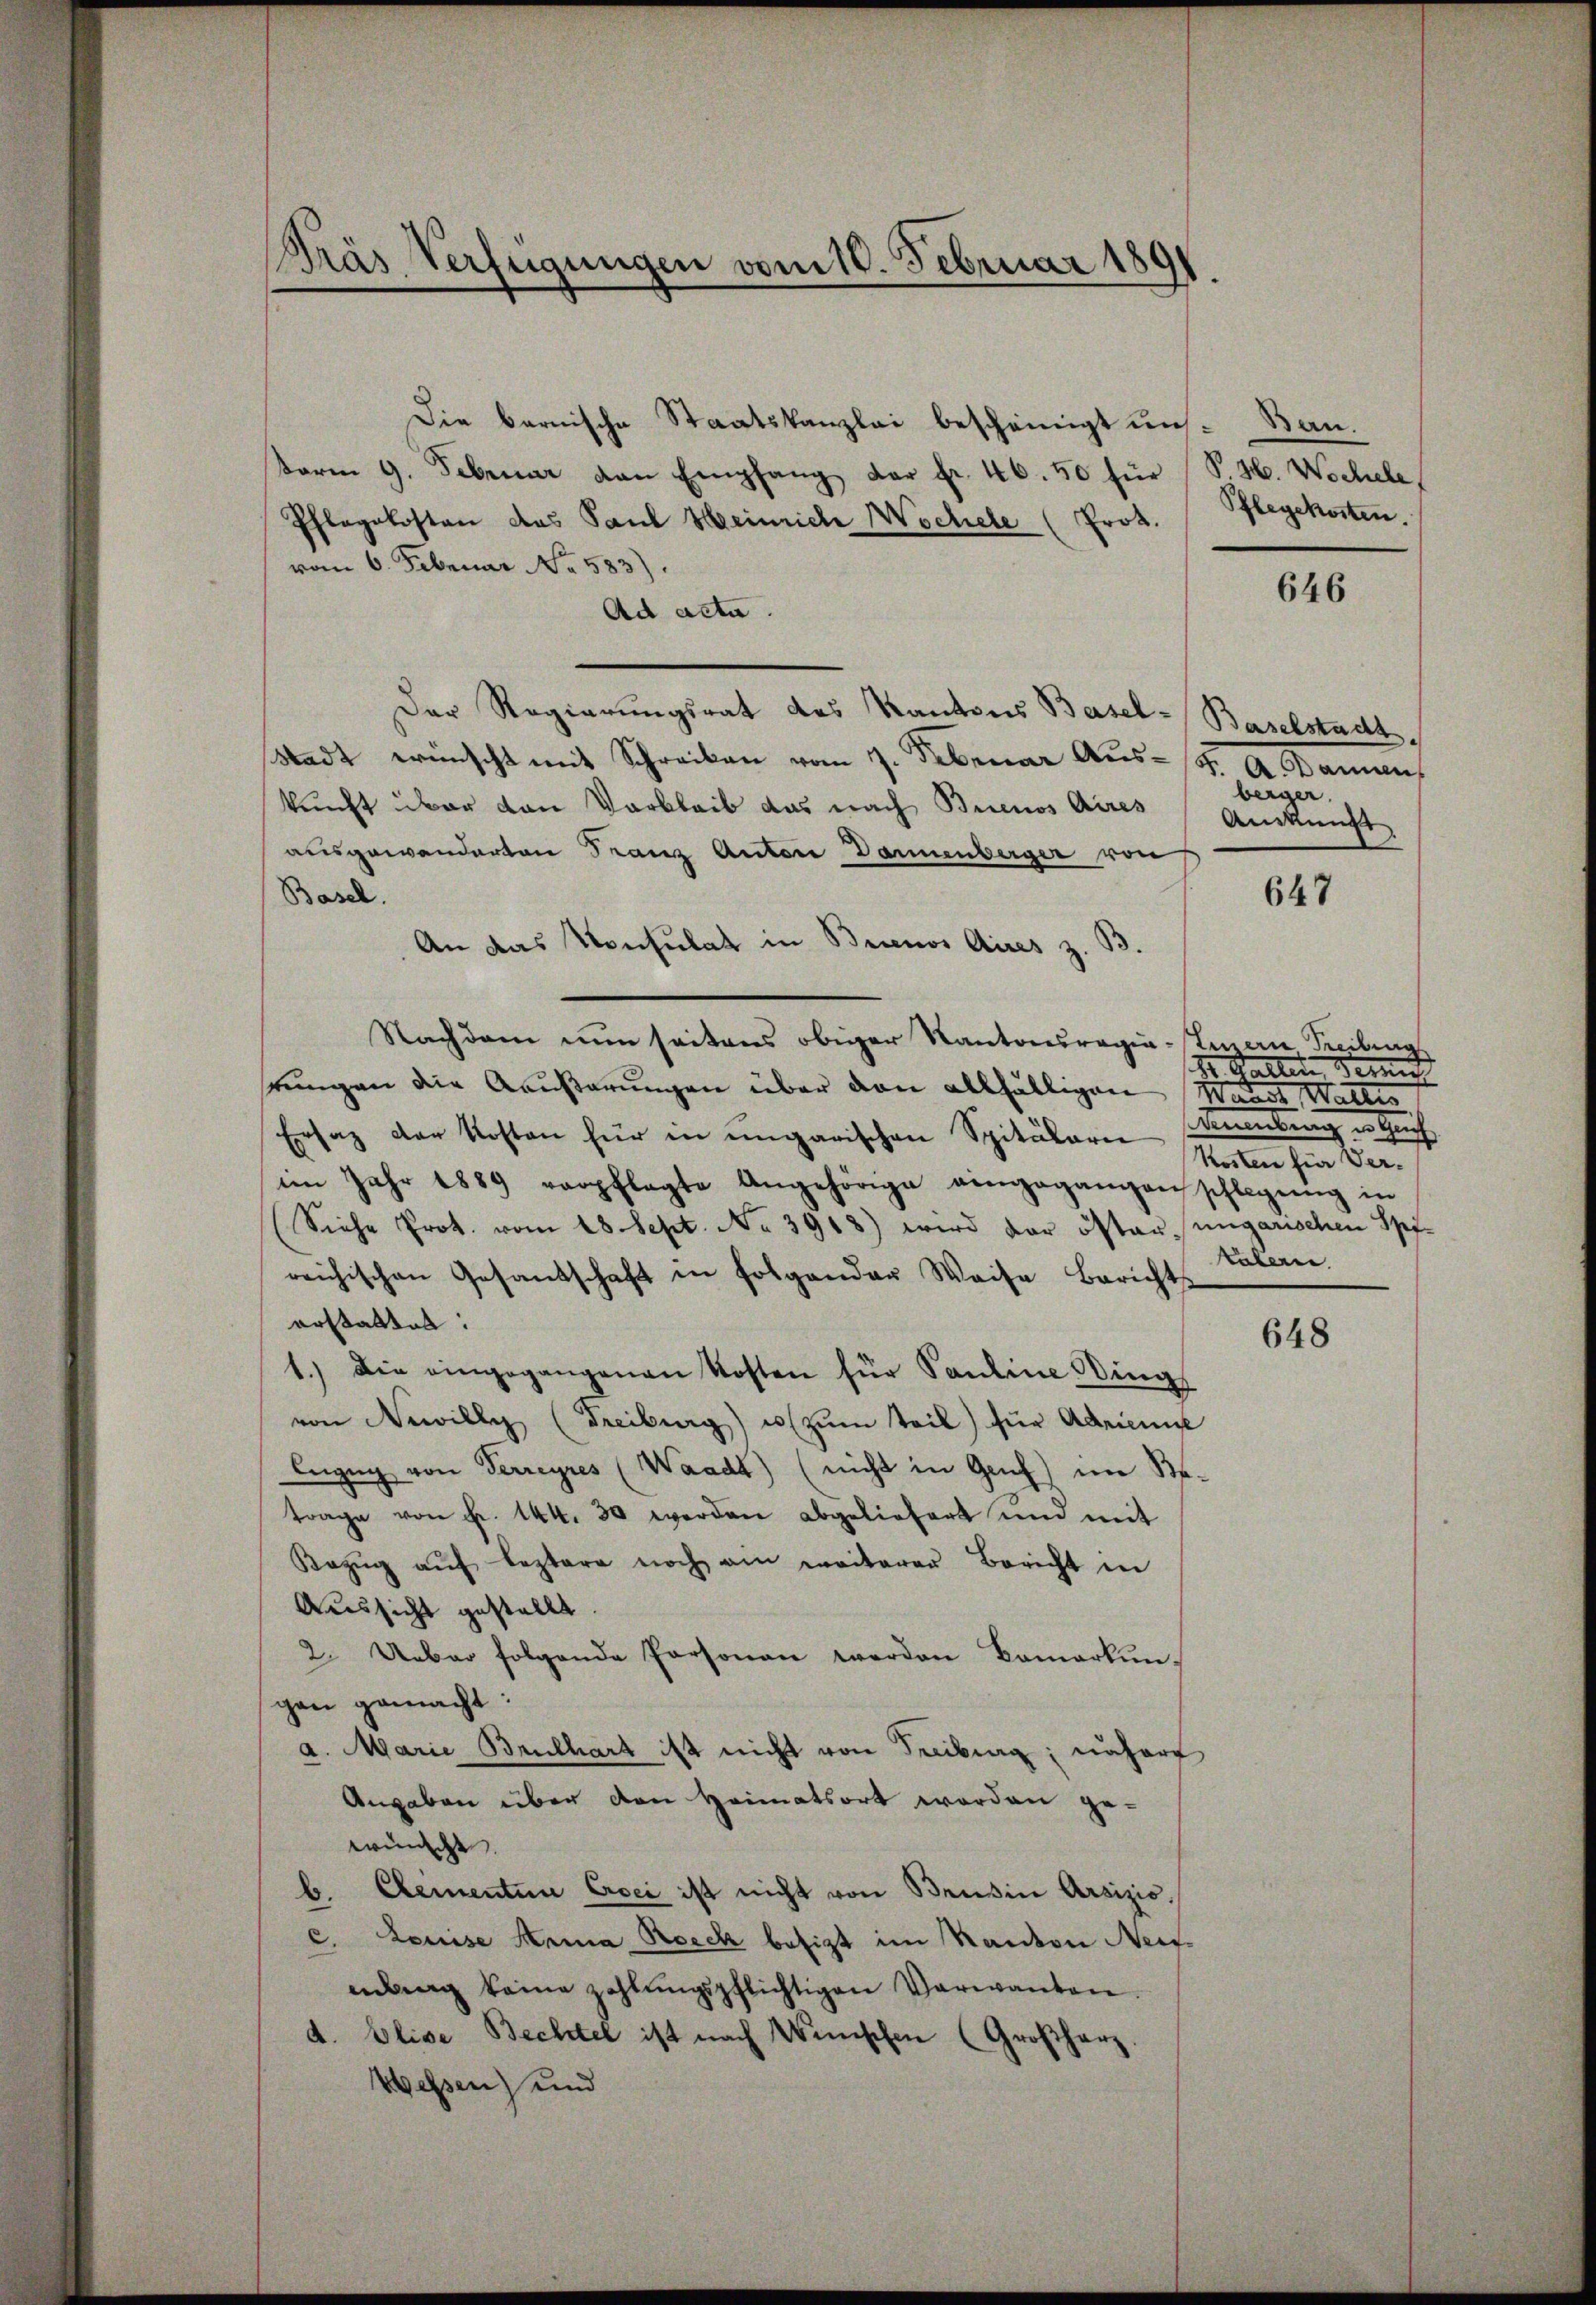
Krás Verfügungen vom 18. Februar 180

Die bernische Staatskanzlei bescheinigt uns. Bau¬
Form 9. Februar den Empfang der Fr. 46. 50 für
Pflegekosten das Paul Heinriche Wochele (Prot.
vom 6. Februar No. 583).
Ad acta.
Der Regierungsrat des Kantons Basel-Baselstadt,
Stadt wünscht mit Schreiben vom 7. Februar Aus- 4. A. Dann
kunft über den Varbleib das nach Buenos Aires Ankunft
ausgewanderten Franz Anton Dannenberger von
Basel.
An das Konsulat in Buenos Aires z. B.
Nachdem nun seitens obiger Kantonsregie-Einern Freibung
rungen die Aeußerungen über den allfälligen Waadt, Walter
Ersatz der Kosten für in ungarischen Spitalarie
im Jahr 1889 verpflegte Angehörige eingegangen schlegŭng in
(Siehe Prot. vom 18. Sept. No. 3918) wird der öster ungarischen Spireichischen Gesandschaft in folgender Weise Berichts
erstatten:
1.) Die eingegangenen Kosten für Pauline Ding
von Newilly (Freiburg) u zŭm Teil) für Adrian
Anzug von Terreyres (Waadt) (nicht in Genf) im Retrage von Fr. 144. 30 werden abgeliefert und mit
Kazŭg aŭf leztere noch am weiterer Bericht in
Aussicht gestellt.
2. Ueber folgende Personen werden Bemerkungan gemacht:
a. Marie Bruchart ist nicht von Freiburg; nähere
Angaben über den Heimatsort worden ge-
wünscht.
Clementen Croci ist nicht von Beisin Arsizio¬
.
c. Louise Anna Boeck besizt im Kanton Neis-
mbng keine zahlŭngspflichtigen Verwanden.
d. Elise Bechtel ist nach Wünschen (Großherz.
Wessen) und

V 360. Wochele
Pflegekosten.

646

berger.

647

Nr. 8 den Berne
Fennerung in Sach
Kosten für Ver-
talerne

648